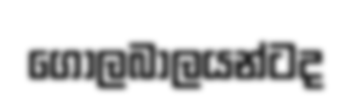
ගෝලබාලයන්ටද